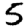
Digit: 5